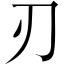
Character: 刃